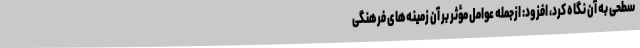
سطحی به آن نگاه کرد، افزود: ازجمله عوامل مؤثر بر آن زمینه‌های فرهنگی